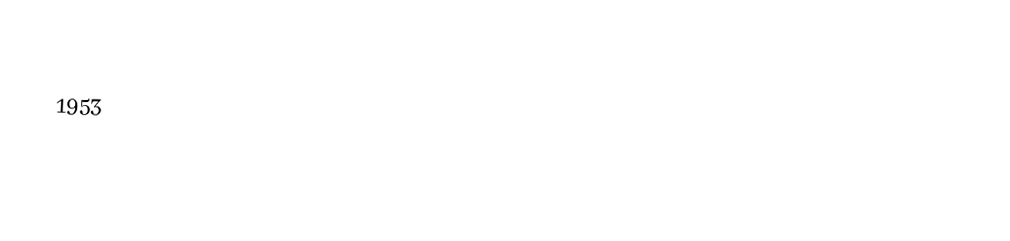

1953